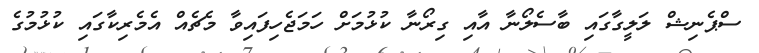
ސްޕެނިޝް ލަލީގާގައި ބާސެލޯނާ އާއި ގިރޯނާ ކުޅުމަށް ހަމަޖެހިފައިވާ މެޗެއް އެމެރިކާގައި ކުޅުމުގެ